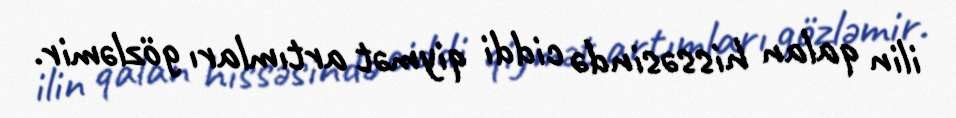
ilin qalan hissəsində ciddi qiymət artımları gözləmir.